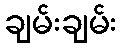
ချမ်းချမ်း